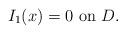
LaTeX: \begin{align*}\mbox{$I_1(x)=0$ on $D$.}\end{align*}